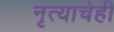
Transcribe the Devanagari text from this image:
नृत्याचेही